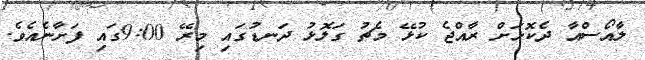
ލާއޯސްއާ ދެކޮޅަށް ރާއްޖެ ކުޅޭ މެޗު ގަލޮޅު ދަނޑުގައި މިރޭ 9:00ގައި ފަށާނެއެވެ.